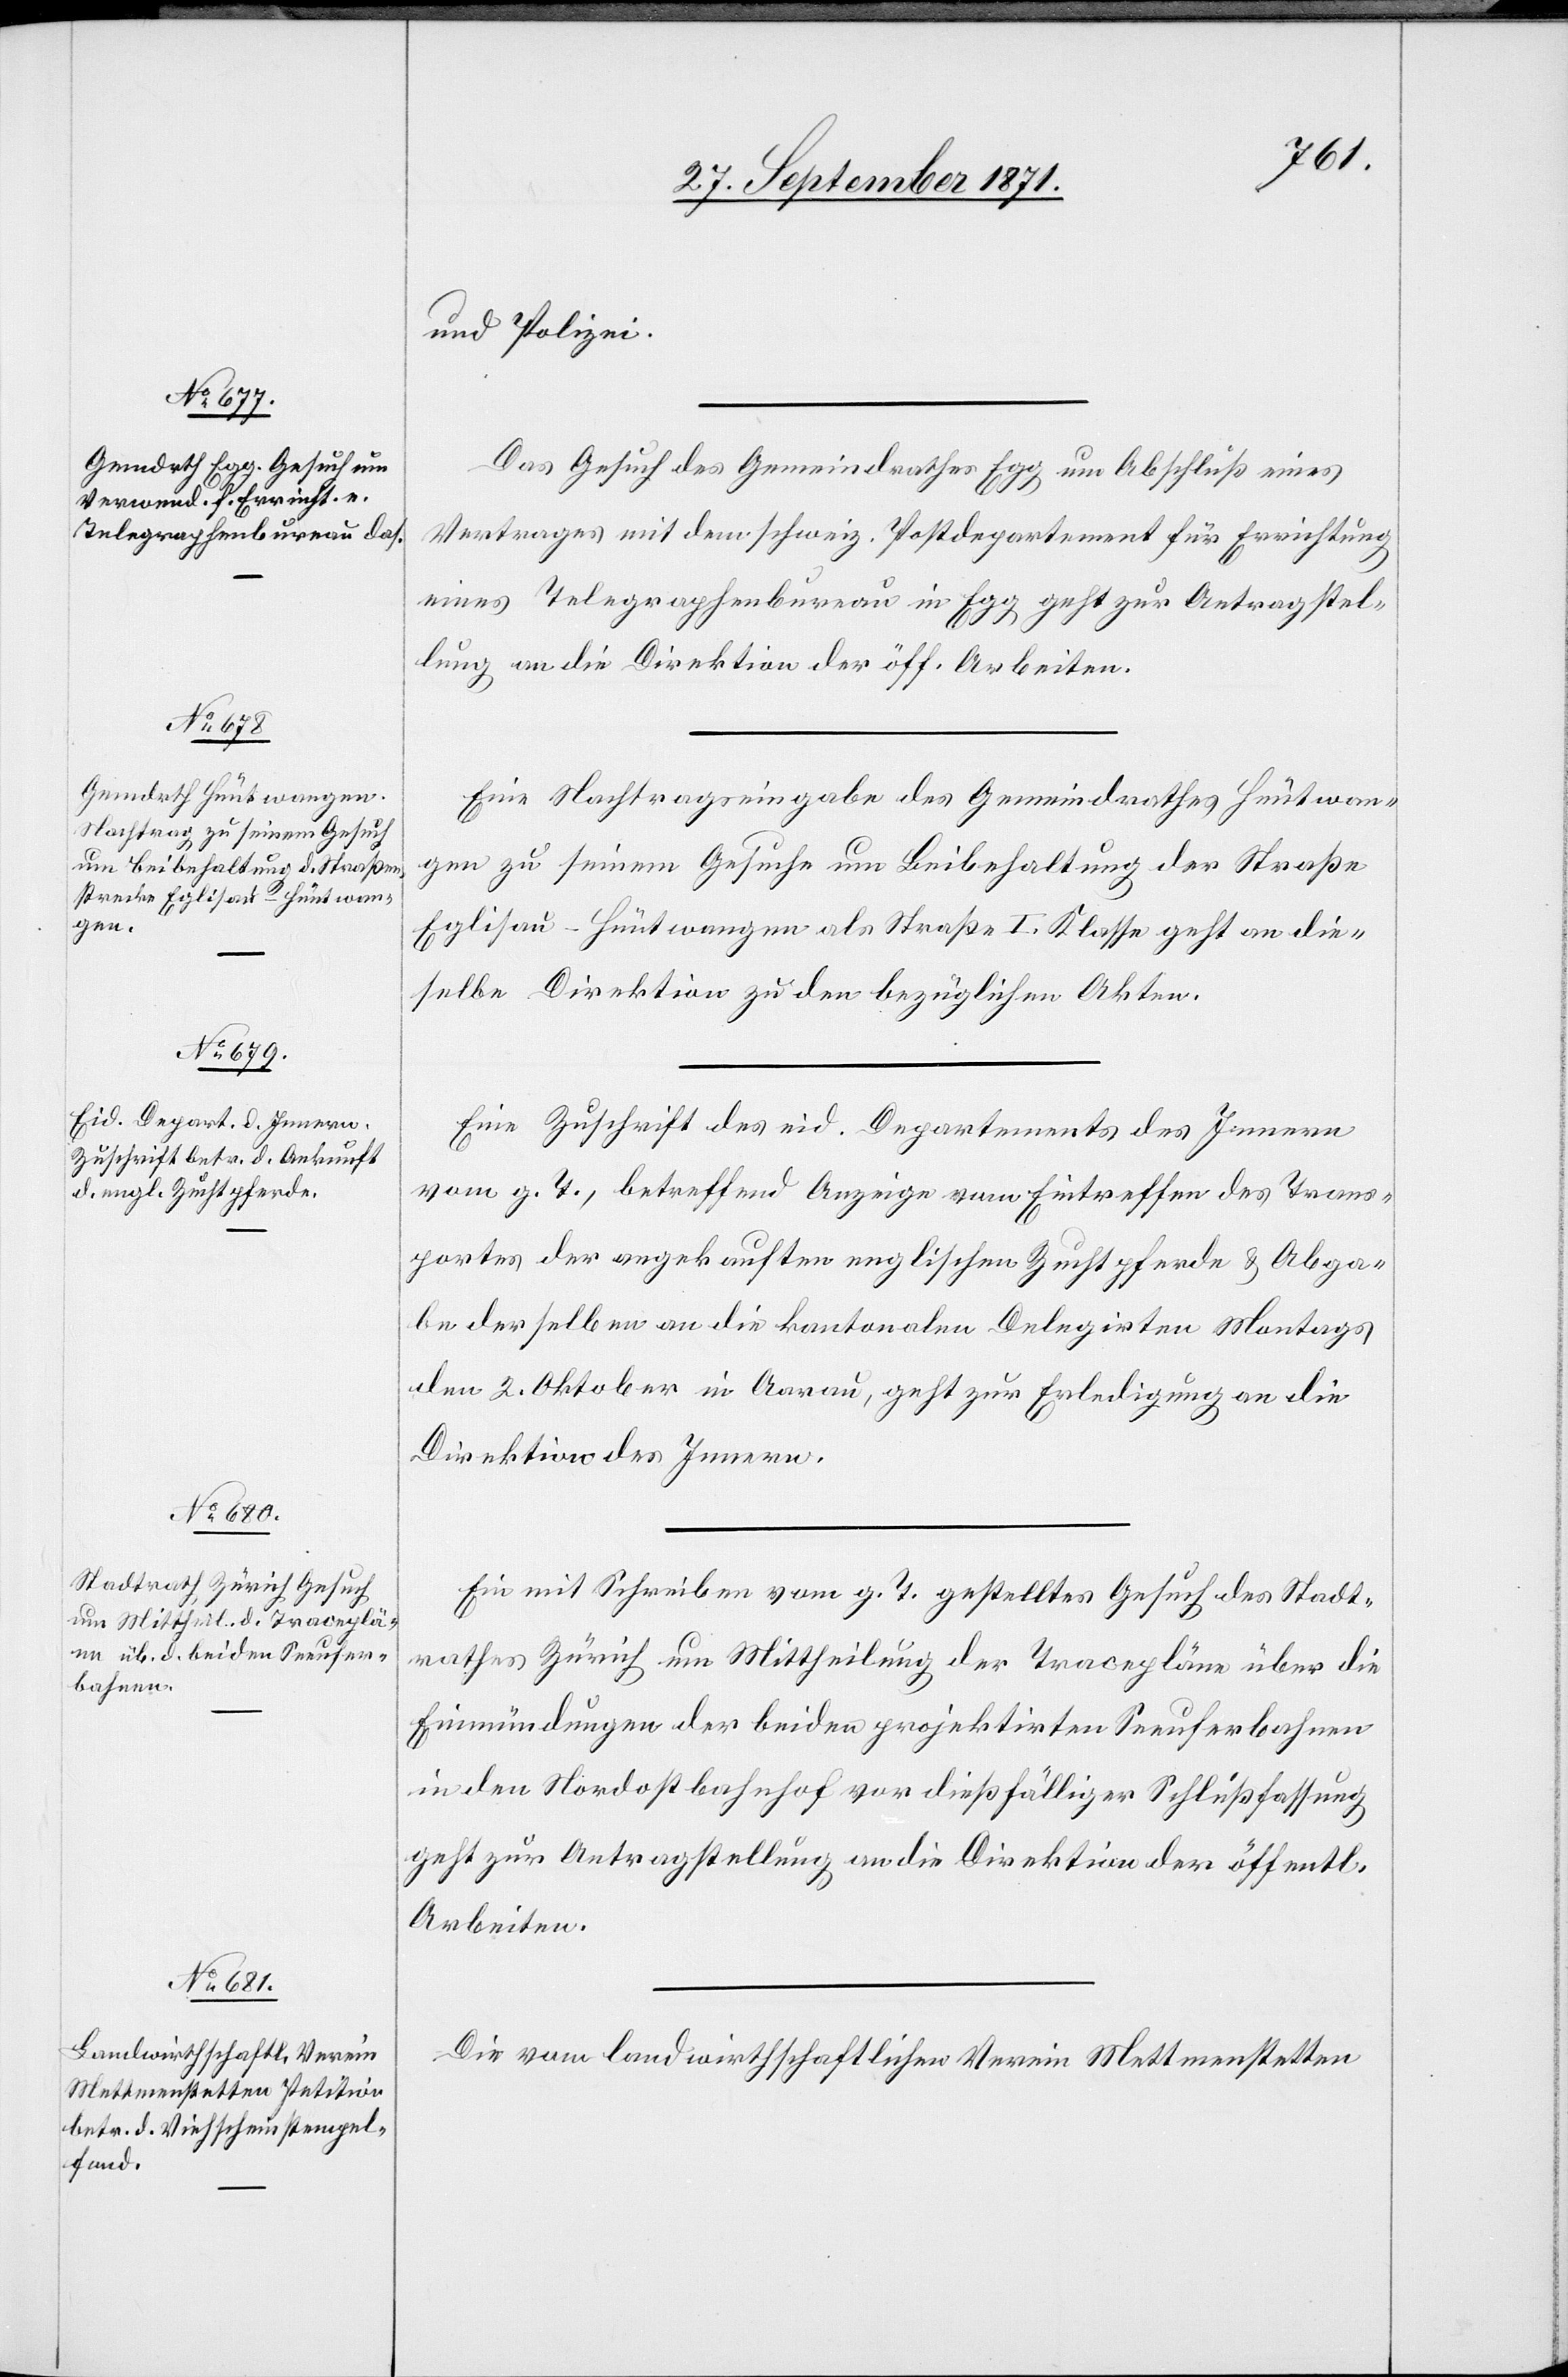
27. September 1871.]
und Polizei.
Das Gesuch des Gemeindrathes Egg um Abschluß eines
Vertrages mit dem schweiz. Postdepartement für Errichtung
eines Telegraphenbureau in Egg geht zur Antragstel¬
lung an die Direktion der öff. Arbeiten.
Eine Nachtragseingabe des Gemeindrathes Hüntwan¬
gen zu seinem Gesuche um Beibehaltung der Straße
Eglisau–Hüntwangen als Straße I. Klasse geht an die¬
selbe Direktion zu den bezüglichen Akten.
Eine Zuschrift des eid. Departements des Innern
vom g. T., betreffend Anzeige vom Eintreffen des Trans¬
portes der angekauften englischen Zuchtpferde & Abga¬
be derselben an die kantonalen Delegirten Montags
den 2. Oktober in Aarau, geht zur Erledigung an die
Direktion des Innern.
Ein mit Schreiben vom g. T. gestelltes Gesuch des Stadt¬
rathes Zürich um Mittheilung der Tracepläne über die
Einmündungen der beiden projektirten Seeuferbahnen
in den Nordostbahnhof vor dießfälliger Schlußfassung
geht zur Antragstellung an die Direktion der öffentl.
Arbeiten.
Die vom landwirthschaftlichen Verein Mettmenstetten